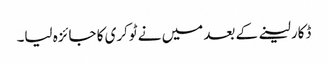
ڈکار لینے کے بعد میں نے ٹوکری کا جائزہ لیا۔